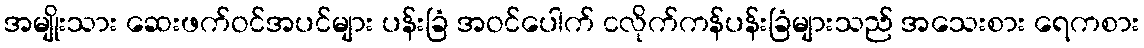
အမျိုးသား ဆေးဖက်ဝင်အပင်များ ပန်းခြံ အဝင်ပေါက် ငလိုက်ကန်ပန်းခြံများသည် အသေးစား ရေကစား